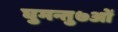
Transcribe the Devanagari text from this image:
घुमन्तु७ओं